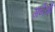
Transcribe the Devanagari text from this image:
ग़र्नेऔ